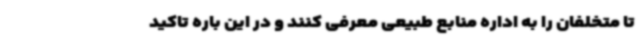
تا متخلفان را به اداره منابع طبیعی معرفی کنند و در این باره تاکید